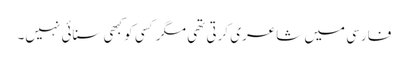
فارسی میں شاعری کرتی تھی مگر کسی کو کبھی سنائی نہیں۔